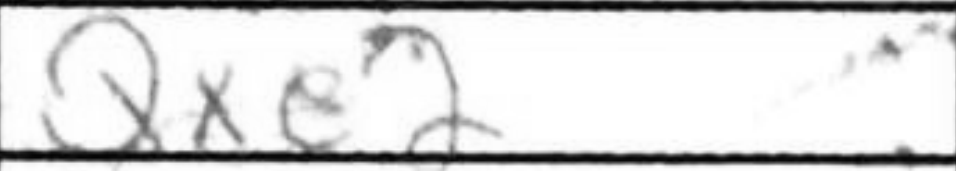
Transcription: Qxe2